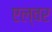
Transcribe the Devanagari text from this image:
एल्वर